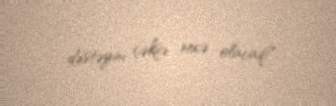
dəstəyini çəksə necə olacaq?.